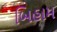
બિહામ